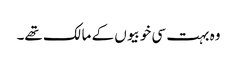
وہ بہت سی خوبیوں کے مالک تھے۔